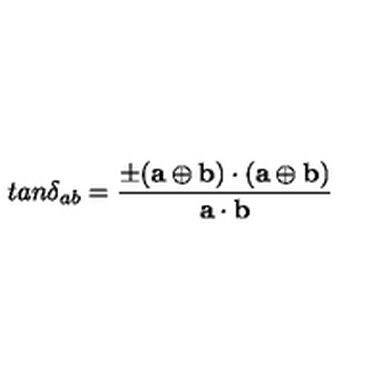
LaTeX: t a n \delta _ { a b } = { \frac { \pm ( { \bf a } \oplus { \bf b } ) \cdot ( { \bf a } \oplus { \bf b } ) } { { \bf a } \cdot { \bf b } } }